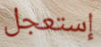
إستعجل